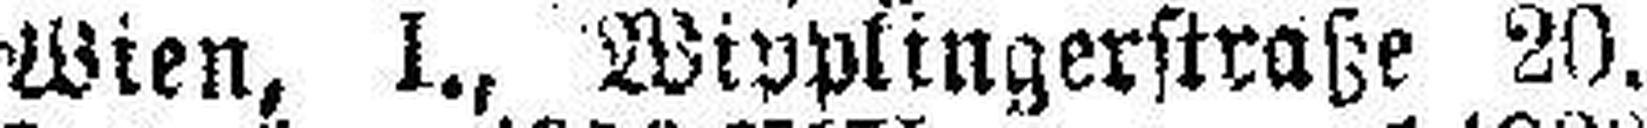
Wien, I., Wipplingerstraße 20,